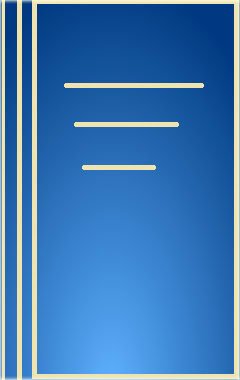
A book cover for Compensatory Justice: Nomos XXXIII (NOMOS - American Society for Political and Legal Philosophy); Law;